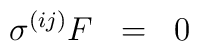
\sigma^{(ij)} F\;\; =\;\; 0